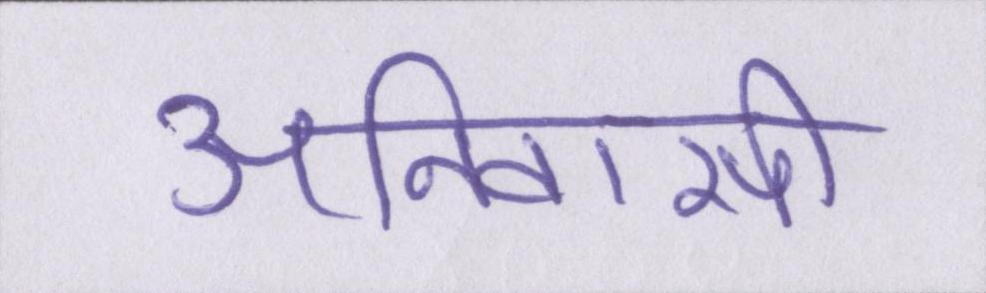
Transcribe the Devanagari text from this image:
अनिवासी